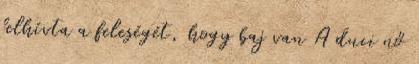
felhívta a feleségét, hogy baj van A duci nő